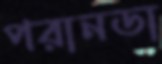
পরানডা